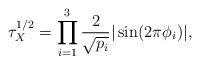
LaTeX: \begin{align*}\tau_{X}^{1/2}=\prod_{i=1}^{3}\frac{2}{\sqrt{p_{i}}}|\sin(2\pi\phi_{i})|,\end{align*}